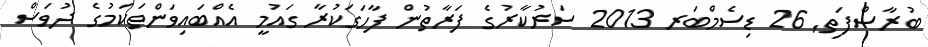
ބުރާސްފަތި